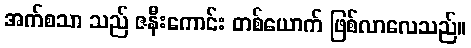
အက်စသာ သည် ဇနီးကောင်း တစ်ယောက် ဖြစ်လာလေသည်။